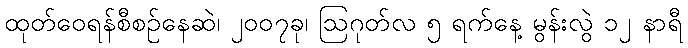
ထုတ်ဝေရန်စီစဉ်နေဆဲ၊ ၂၀၀၇ခု၊ ဩဂုတ်လ ၅ ရက်နေ့ မွန်းလွဲ ၁၂ နာရီ